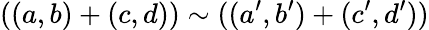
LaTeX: ((a,b)+(c,d))\sim((a^{\prime},b^{\prime})+(c^{\prime},d^{\prime}))